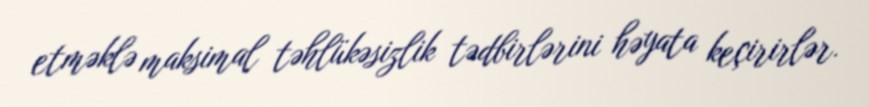
etməklə maksimal təhlükəsizlik tədbirlərini həyata keçirirlər.